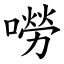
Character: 嘮